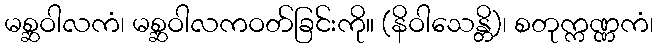
မစ္ဆဝါလကံ၊ မစ္ဆဝါလကဝတ်ခြင်းကို။ (နိဝါသေန္တိ)၊ စတုက္ကဏ္ဏကံ၊